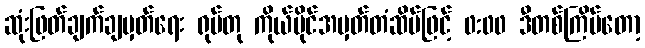
ဆုံးဖြတ်ချက်ချမှတ်ရေး ရုပ်တု ကိုယ်ပိုင်အမှတ်တံဆိပ်ဖြင့် 0:00 ဒီတစ်ကြိမ်တော့